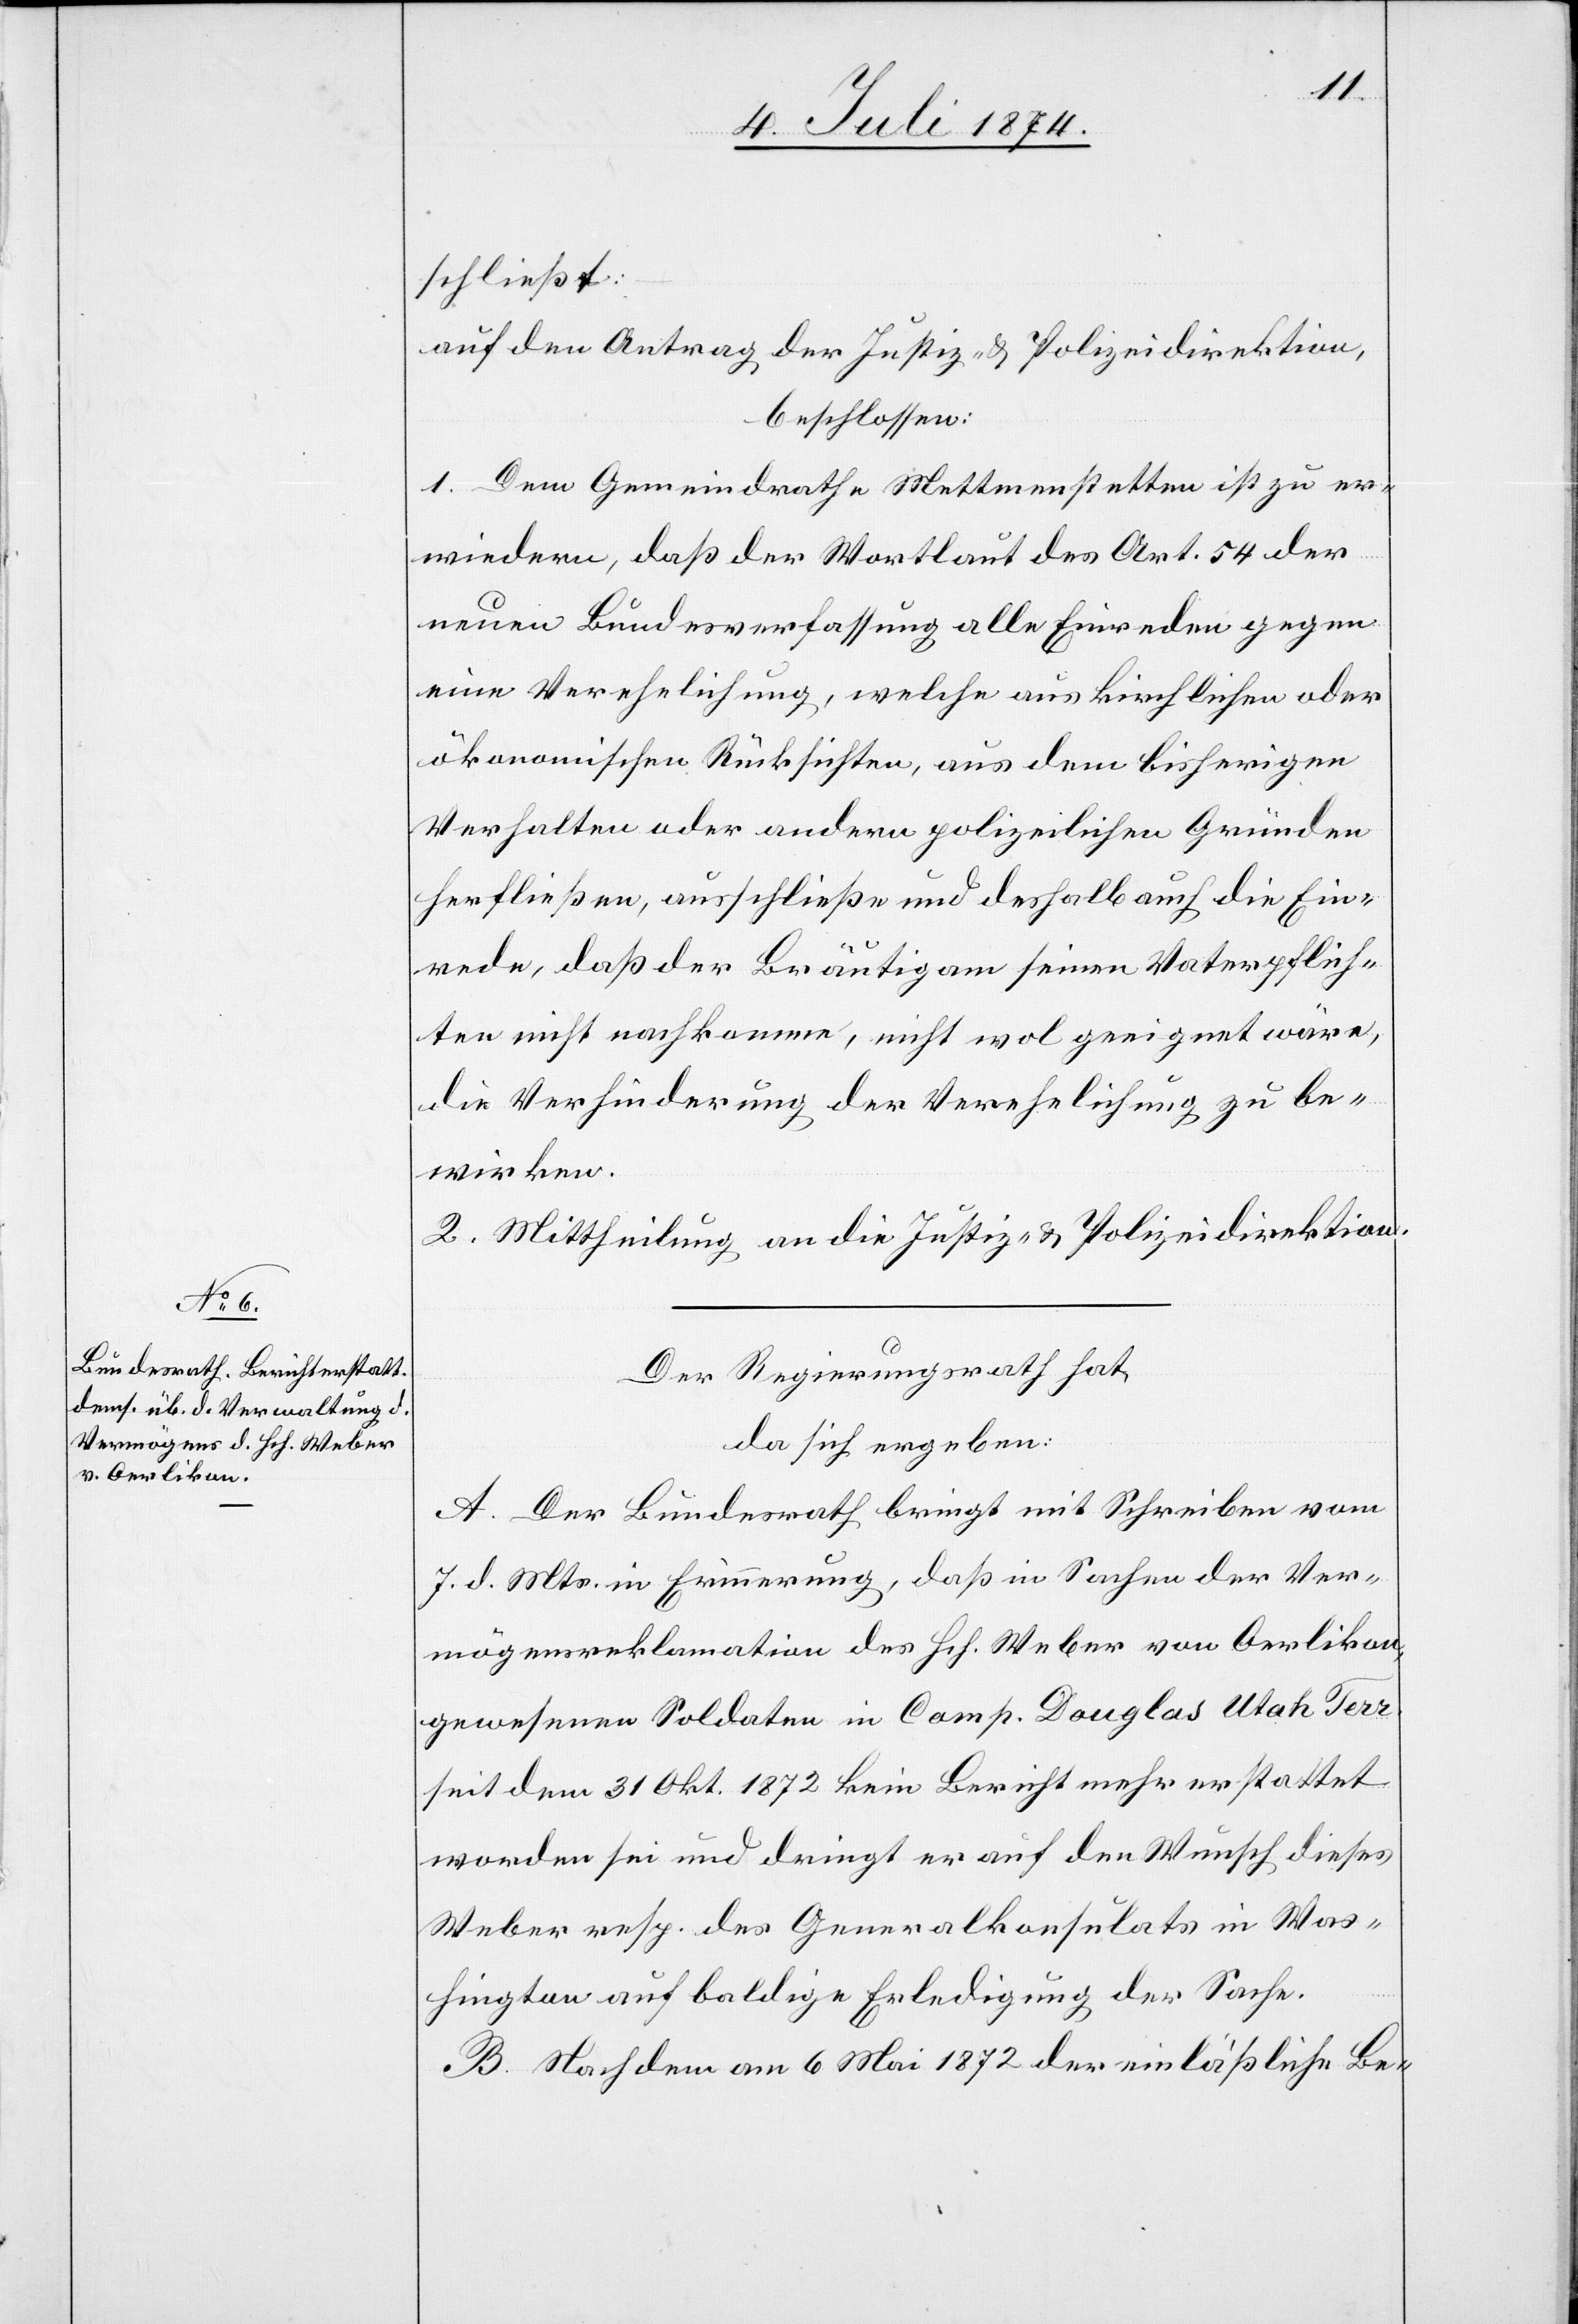
schließt:
auf den Antrag der Justiz- u. Polizeidirektion,
beschlossen:
1. Dem Gemeindrathe Mettmenstetten ist zu er¬
wiedern, daß der Wortlaut des Art. 54 der
neuen Bundesverfassung alle Einreden gegen
eine Verehelichung, welche aus kirchlichen oder
ökonomischen Rücksichten, aus dem bisherigen
Verhalten oder andern polizeilichen Gründen
herfließen, ausschließe und deshalb auch die Ein¬
rede, daß der Bräutigam seinen Vaterpflich¬
ten nicht nachkomme, nicht wol geeignet wäre,
die Verhinderung der Verehelichung zu be¬
wirken.
2. Mittheilung an die Justiz- u. Polizeidirektion.
Der Regierungsrath hat,
da sich ergeben:
A. Der Bundesrath bringt mit Schreiben vom
7. d. Mts. in Erinnerung, daß in Sachen der Ver¬
mögensreklamation des Hch. Weber von Oerlikon,
gewesenen Soldaten in Camp. Douglas Utah Terr.
seit dem 31. Okt. 1872 kein Bericht mehr erstattet
worden sei und dringt er auf den Wunsch dieses
Weber resp. des Generalkonsulats in Was¬
hington auf baldige Erledigung der Sache.
B. Nachdem am 6. Mai 1872 der einläßliche Be-